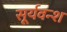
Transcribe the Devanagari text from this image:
सूर्यवन्श